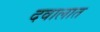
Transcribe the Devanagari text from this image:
दवालात